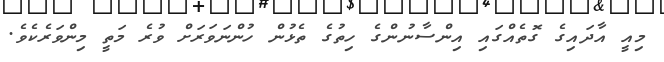
މިއީ އާދައިގެ ގޮތެއްގައި އިންސާނުންގެ ހިތުގެ ތެޅުން ހުންނަވަރަށް ވުރެ މަތީ މިންވަރެކެވެ.